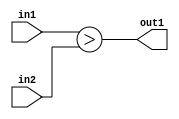
`timescale 1ps / 1ps
/*****************************************************************************
    Verilog RTL Description
    
    
    Created by: Stratus DpOpt 21.05.01 
*******************************************************************************/

module SobelFilter_LessThan_2Ux2U_1U_4 (
	in2,
	in1,
	out1
	); /* architecture "behavioural" */ 
input [1:0] in2,
	in1;
output  out1;
wire  asc001;

assign asc001 = (in1>in2);

assign out1 = asc001;
endmodule

/* CADENCE  urfyTAE= : u9/ySxbfrwZIxEzHVQQV8Q== ** DO NOT EDIT THIS LINE ******/